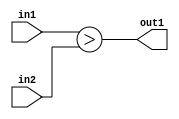
`timescale 1ps / 1ps
/*****************************************************************************
    Verilog RTL Description
    
    
    Created by: Stratus DpOpt 21.05.01 
*******************************************************************************/

module SobelFilter_LessThan_2Ux2U_1U_4 (
	in2,
	in1,
	out1
	); /* architecture "behavioural" */ 
input [1:0] in2,
	in1;
output  out1;
wire  asc001;

assign asc001 = (in1>in2);

assign out1 = asc001;
endmodule

/* CADENCE  urfyTAE= : u9/ySxbfrwZIxEzHVQQV8Q== ** DO NOT EDIT THIS LINE ******/